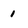
Character: 1